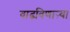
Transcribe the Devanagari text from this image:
वाढविणाऱ्या